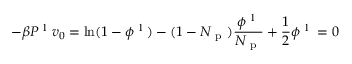
- \beta P ^ { \mathrm { ~ l ~ } } v _ { 0 } = \ln ( 1 - \phi ^ { \mathrm { ~ l ~ } } ) - ( 1 - N _ { \mathrm { ~ p ~ } } ) \frac { \phi ^ { \mathrm { ~ l ~ } } } { N _ { \mathrm { ~ p ~ } } } + \frac { 1 } { 2 } \phi ^ { \mathrm { ~ l ~ } } = 0